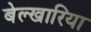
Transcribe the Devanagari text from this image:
बेल्खारिया